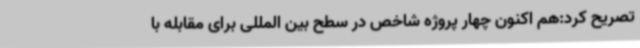
تصریح کرد:هم اکنون چهار پروژه شاخص در سطح بین المللی برای مقابله با